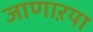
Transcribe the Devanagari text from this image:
जाणाऱया